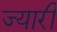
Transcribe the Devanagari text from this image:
ज्यारी